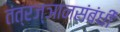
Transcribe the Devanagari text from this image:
तंत्रज्ञानसंबंधी